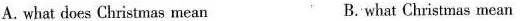
A. what does Christmas mean B. what Christmas mean